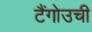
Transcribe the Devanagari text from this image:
टैंगोउची